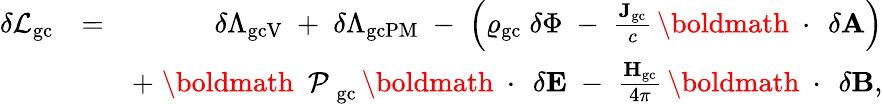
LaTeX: \begin{array}{rlr}{\delta{\cal L}_{\mathrm{gc}}}&{=}&{\delta\Lambda_{\mathrm{gcV}}\; +\; \delta\Lambda_{\mathrm{gcPM}}\; -\; \left(\varrho_{\mathrm{gc}}\; \delta\Phi\; -\; \frac{{\mathbf J}_{\mathrm{gc}}}{c}\, \mathrm{\boldmath~\cdot~}\, \delta{\mathbf A}\right)}\\ &{}&{+\; \mathrm{\boldmath~\cal~P~}_{\mathrm{gc}}\, \mathrm{\boldmath~\cdot~}\, \delta{\mathbf E}\; -\; \frac{{\mathbf H}_{\mathrm{gc}}}{4\pi}\, \mathrm{\boldmath~\cdot~}\, \delta{\mathbf B},}\end{array}